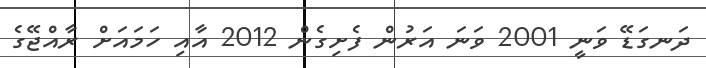
ދަނގަޑޭ ވަނީ 2001 ވަނަ އަރުން ފެށިގެން 2012 އާއި ހަމައަށް ރާއްޖޭގެ